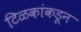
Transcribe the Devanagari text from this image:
टिळकांकडून